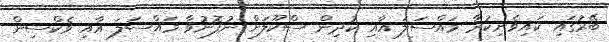
ބޭރުގައި ކައިވެނިކުރާ މައްސަލަ އާއި ކުދިން ސްކޫލަށް ނުފޮނުވާ މައްސަލަ އާއި ވެކްސިން